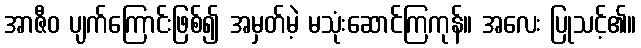
အာဇီဝ ပျက်ကြောင်းဖြစ်၍ အမှတ်မဲ့ မသုံးဆောင်ကြကုန်။ အလေး ပြုသင့်၏။